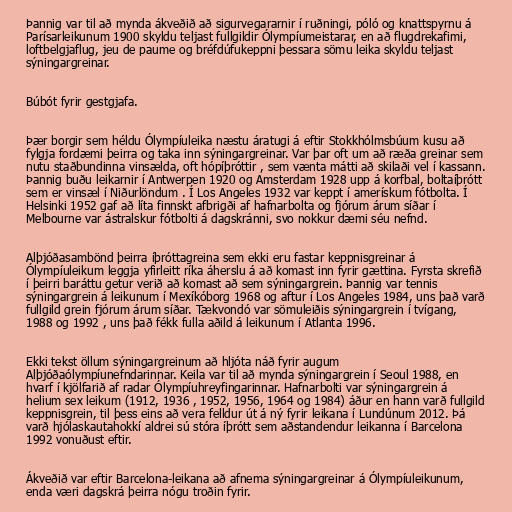
Þannig var til að mynda ákveðið að sigurvegararnir í ruðningi, póló og knattspyrnu á
Parísarleikunum 1900 skyldu teljast fullgildir Ólympíumeistarar, en að flugdrekafimi,
loftbelgjaflug, jeu de paume og bréfdúfukeppni þessara sömu leika skyldu teljast
sýningargreinar.

Búbót fyrir gestgjafa.

Þær borgir sem héldu Ólympíuleika næstu áratugi á eftir Stokkhólmsbúum kusu að
fylgja fordæmi þeirra og taka inn sýningargreinar. Var þar oft um að ræða greinar sem
nutu staðbundinna vinsælda, oft hópíþróttir , sem vænta mátti að skilaði vel í kassann.
Þannig buðu leikarnir í Antwerpen 1920 og Amsterdam 1928 upp á korfbal, boltaíþrótt
sem er vinsæl í Niðurlöndum . Í Los Angeles 1932 var keppt í amerískum fótbolta. Í
Helsinki 1952 gaf að líta finnskt afbrigði af hafnarbolta og fjórum árum síðar í
Melbourne var ástralskur fótbolti á dagskránni, svo nokkur dæmi séu nefnd.

Alþjóðasambönd þeirra íþróttagreina sem ekki eru fastar keppnisgreinar á
Ólympíuleikum leggja yfirleitt ríka áherslu á að komast inn fyrir gættina. Fyrsta skrefið
í þeirri baráttu getur verið að komast að sem sýningargrein. Þannig var tennis
sýningargrein á leikunum í Mexíkóborg 1968 og aftur í Los Angeles 1984, uns það varð
fullgild grein fjórum árum síðar. Tækvondó var sömuleiðis sýningargrein í tvígang,
1988 og 1992 , uns það fékk fulla aðild á leikunum í Atlanta 1996.

Ekki tekst öllum sýningargreinum að hljóta náð fyrir augum
Alþjóðaólympíunefndarinnar. Keila var til að mynda sýningargrein í Seoul 1988, en
hvarf í kjölfarið af radar Ólympíuhreyfingarinnar. Hafnarbolti var sýningargrein á
helium sex leikum (1912, 1936 , 1952, 1956, 1964 og 1984) áður en hann varð fullgild
keppnisgrein, til þess eins að vera felldur út á ný fyrir leikana í Lundúnum 2012. Þá
varð hjólaskautahokkí aldrei sú stóra íþrótt sem aðstandendur leikanna í Barcelona
1992 vonuðust eftir.

Ákveðið var eftir Barcelona-leikana að afnema sýningargreinar á Ólympíuleikunum,
enda væri dagskrá þeirra nógu troðin fyrir.